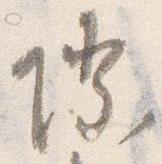
際